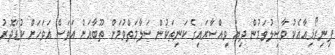
ފިނިރޯޅިއާއެކު ވާސިލުވަމުން ދިޔަ ވިއްސާރައިގެ ކަނިތަކުން ސަލާމަތްވުމަށް ތޫބާއަށް އަވަސް އަވަހަށް ކުޑަދޮރު